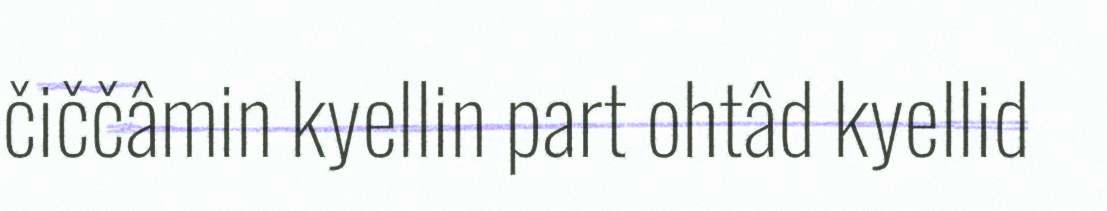
čiččâmin kyellin part ohtâd kyellid